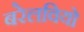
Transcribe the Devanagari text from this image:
बरेलवियो